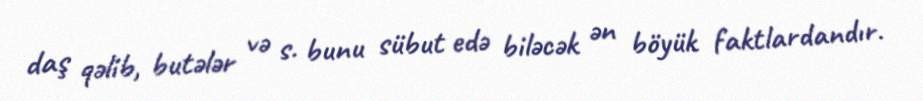
daş qəlib, butələr və s. bunu sübut edə biləcək ən böyük faktlardandır.